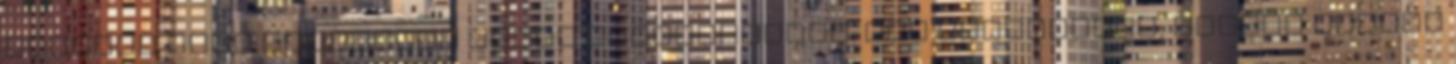
Remélem majd hasznosan fogod felhasználni. Azt tanácsolom, amikor jobban